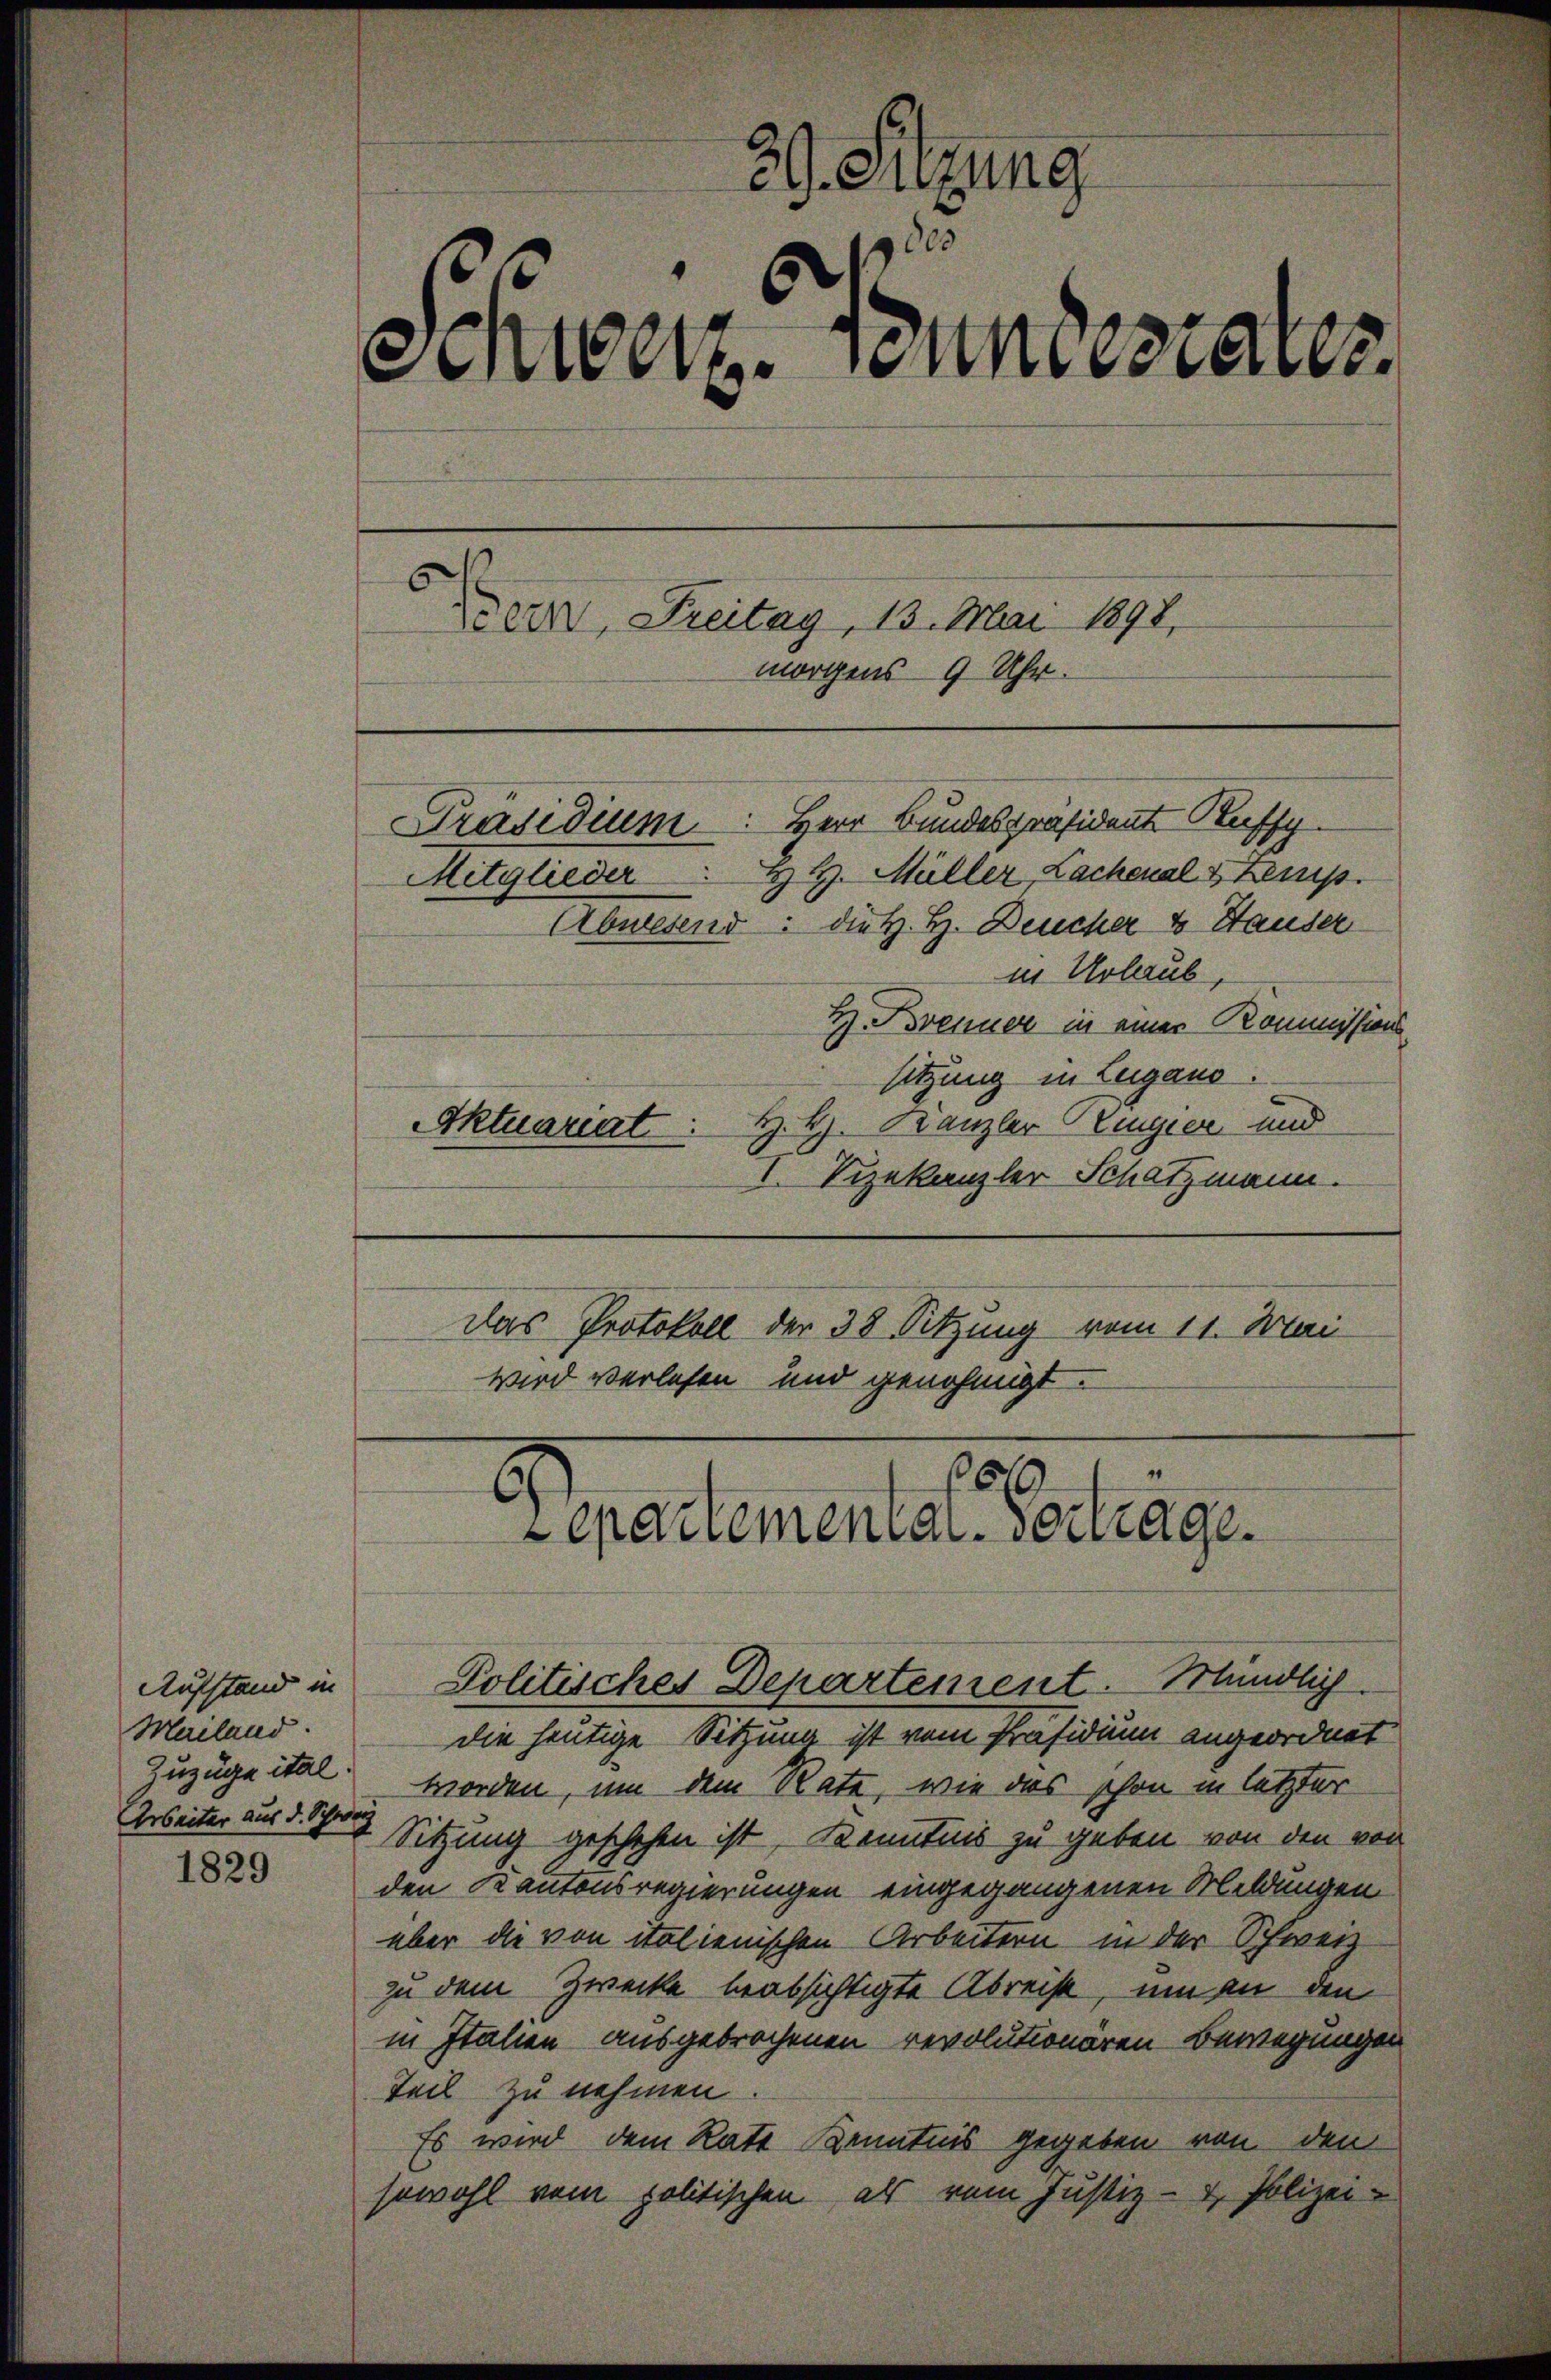
Aufstand in
Mailand.

1829

29. Suzung
9000
¬
Schweiz. Sonntestates.
Bern, Freitag, 13. Mai 1892.
morgens 9 Uhr.
Präsidium: Herr Bundespräsident Kuss
Mitglieder H. H. Müller Lachenal & Kemp
Abwesend: die H. H. Deucher 4 Hauser
in Urlaub,

H. Brenner in einer Kommissions
sitzung in Lugano.
H. H. Kanzler Regier und
I. Vizekanzler Schatzmann.
Das Protokoll der 38 Sitzung vom 11. Mai
wird verlesen und genehmigt.

Aktuariat

180
Lepartemenar-Vertrage.
Politisches Departement. Mündlich.

die heutige Sitzung ist vom Präsidium angeordnet
Zuzüge ital worden, um dem Rate, wie das schon in letzter
Grseiter aus d. Schen Sitzung geschehen ist, Kenntnis zu geben von den von
den Kantonsregierungen eingegangenen Meldungen
über die von italienischen Arbeitern in der Schwei
zu dem Zwecke beabsichtigte Abreist, um an den
in Italien ausgebrochenen revolutionären Bewegungen
Teil zu nehmen
Es wird dem Ratt Kenntnis gegeben von den
sowohl vom politischen als vom Justiz- & Polizei-